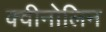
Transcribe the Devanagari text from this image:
क्वीनोलिन